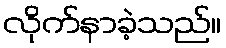
လိုက်နာခဲ့သည်။